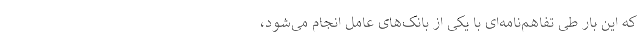
که این بار طی تفاهم‌نامه‌ای با یکی از بانک‌های عامل انجام می‌شود،